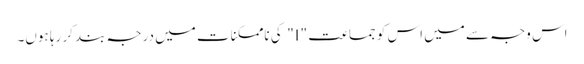
اس وجہ سے میں اس کو جماعت "I" کی ناممکنات میں درجہ بند کر رہا ہوں۔